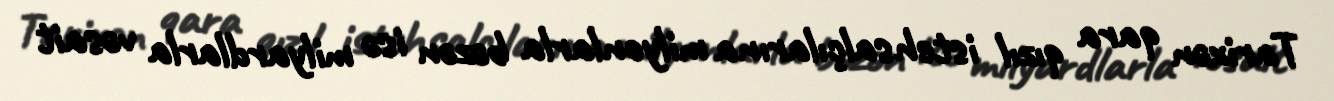
Tarixən qara qızıl istehsalçılarına milyonlarla bəzən isə milyardlarla vəsait